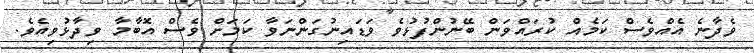
ވެދާނެ އެއްވެސް ކަމެއް ކުރައްވަން ބޭނުންފުޅުވެ ވަޑައިނުގަންނަވާ ކަމަށް ވެސް އޮބާމާ ވިދާޅުވިއެވެ.